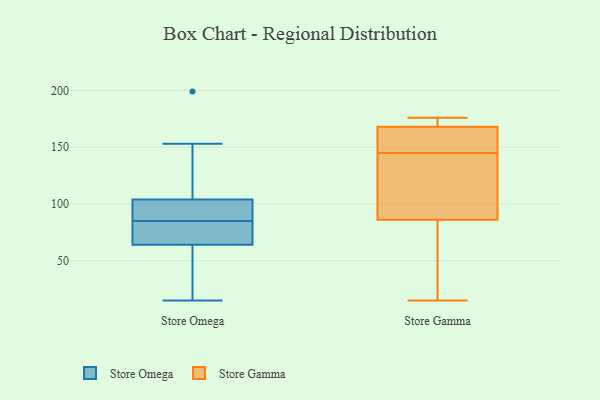
{"axis": {"x": "Latency (ms)", "y": "Value"}, "legend": ["Store Gamma", "Store Omega"], "data": [{"x": "", "y": 15, "type": "Store Omega"}, {"x": "", "y": 64, "type": "Store Omega"}, {"x": "", "y": 100, "type": "Store Omega"}, {"x": "", "y": 104, "type": "Store Omega"}, {"x": "", "y": 199, "type": "Store Omega"}, {"x": "", "y": 83, "type": "Store Omega"}, {"x": "", "y": 118, "type": "Store Omega"}, {"x": "", "y": 87, "type": "Store Omega"}, {"x": "", "y": 79, "type": "Store Omega"}, {"x": "", "y": 61, "type": "Store Omega"}, {"x": "", "y": 74, "type": "Store Omega"}, {"x": "", "y": 27, "type": "Store Omega"}, {"x": "", "y": 153, "type": "Store Omega"}, {"x": "", "y": 95, "type": "Store Omega"}, {"x": "", "y": 79, "type": "Store Gamma"}, {"x": "", "y": 15, "type": "Store Gamma"}, {"x": "", "y": 136, "type": "Store Gamma"}, {"x": "", "y": 107, "type": "Store Gamma"}, {"x": "", "y": 145, "type": "Store Gamma"}, {"x": "", "y": 176, "type": "Store Gamma"}, {"x": "", "y": 156, "type": "Store Gamma"}, {"x": "", "y": 75, "type": "Store Gamma"}, {"x": "", "y": 171, "type": "Store Gamma"}, {"x": "", "y": 170, "type": "Store Gamma"}, {"x": "", "y": 162, "type": "Store Gamma"}]}